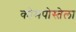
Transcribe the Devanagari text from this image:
कोमपोस्तेला